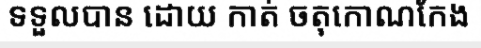
ទទួលបាន ដោយ កាត់ ចតុកោណកែង